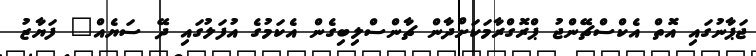
ޖަޕާނުގައި އޮތް އެކްސްޗޭންޖު ޕްރޮގްރާމަކަށްދާން ޗާންސްލިބިގެން އެކަމުގެ އުފަލުގައި ދޭ ސަޔެއް" ފަޔާޒު